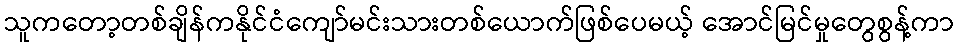
သူကတော့တစ်ချိန်ကနိုင်ငံကျော်မင်းသားတစ်ယောက်ဖြစ်ပေမယ့် အောင်မြင်မှုတွေစွန့်ကာ